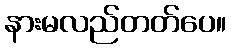
နားမလည်တတ်ပေ။